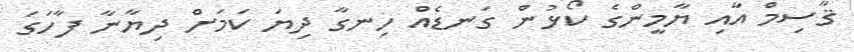
ޤާސިމް އާއި ޔާމީންގެ ކޯޅުން ގަނޑެއް ހިނގާ ދިޔަ ކަމަށް ދިޔާނާ ފާހަގަ